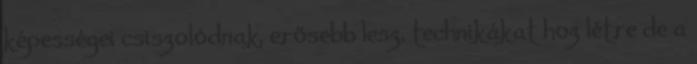
képességei csiszolódnak, erősebb lesz, technikákat hoz létre de a